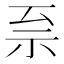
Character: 𫀀